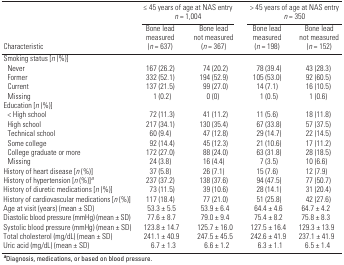
<table><thead><tr><td rowspan="2"><b>Characteristic</b></td><td colspan="2"><b>≤ 45 years of age at NAS entry <i>n </i>= 1,004</b></td><td colspan="2"><b>&gt; 45 years of age at NAS entry <i>n </i>= 350</b></td></tr><tr><td><b>Bone lead measured (<i>n </i>= 637)</b></td><td><b>Bone lead not measured (<i>n </i>= 367)</b></td><td><b>Bone lead measured (<i>n </i>= 198)</b></td><td><b>Bone lead not measured (<i>n </i>= 152)</b></td></tr></thead><tbody><tr><td><b>Smoking status [<i>n</i> (%)]</b></td></tr><tr><td><b>Never</b></td><td>167 (26.2)</td><td>74 (20.2)</td><td>78 (39.4)</td><td>43 (28.3)</td></tr><tr><td><b>Former</b></td><td>332 (52.1)</td><td>194 (52.9)</td><td>105 (53.0)</td><td>92 (60.5)</td></tr><tr><td><b>Current</b></td><td>137 (21.5)</td><td>99 (27.0)</td><td>14 (7.1)</td><td>16 (10.5)</td></tr><tr><td><b>Missing</b></td><td>1 (0.2)</td><td>0 (0)</td><td>1 (0.5)</td><td>1 (0.6)</td></tr><tr><td><b>Education [<i>n</i> (%)]</b></td></tr><tr><td><b>&lt; High school</b></td><td>72 (11.3)</td><td>41 (11.2)</td><td>11 (5.6)</td><td>18 (11.8)</td></tr><tr><td><b>High school</b></td><td>217 (34.1)</td><td>130 (35.4)</td><td>67 (33.8)</td><td>57 (37.5)</td></tr><tr><td><b>Technical school</b></td><td>60 (9.4)</td><td>47 (12.8)</td><td>29 (14.7)</td><td>22 (14.5)</td></tr><tr><td><b>Some college</b></td><td>92 (14.4)</td><td>45 (12.3)</td><td>21 (10.6)</td><td>17 (11.2)</td></tr><tr><td><b>College graduate or more</b></td><td>172 (27.0)</td><td>88 (24.0)</td><td>63 (31.8)</td><td>28 (18.5)</td></tr><tr><td><b>Missing</b></td><td>24 (3.8)</td><td>16 (4.4)</td><td>7 (3.5)</td><td>10 (6.6)</td></tr><tr><td><b>History of heart disease [<i>n</i> (%)]</b></td><td>37 (5.8)</td><td>26 (7.1)</td><td>15 (7.6)</td><td>12 (7.9)</td></tr><tr><td><b>History of hypertension [<i>n</i> (%)]<sup><i>a</i></sup></b></td><td>237 (37.2)</td><td>138 (37.6)</td><td>94 (47.5)</td><td>77 (50.7)</td></tr><tr><td><b>History of diuretic medications [<i>n</i> (%)]</b></td><td>73 (11.5)</td><td>39 (10.6)</td><td>28 (14.1)</td><td>31 (20.4)</td></tr><tr><td><b>History of cardiovascular medications [<i>n</i> (%)]</b></td><td>117 (18.4)</td><td>77 (21.0)</td><td>51 (25.8)</td><td>42 (27.6)</td></tr><tr><td><b>Age at visit (years) (mean ± SD)</b></td><td>53.3 ± 5.5</td><td>53.9 ± 6.4</td><td>64.4 ± 4.6</td><td>64.7 ± 4.2</td></tr><tr><td><b>Diastolic blood pressure (mmHg) (mean ± SD)</b></td><td>77.6 ± 8.7</td><td>79.0 ± 9.4</td><td>75.4 ± 8.2</td><td>75.8 ± 8.3</td></tr><tr><td><b>Systolic blood pressure (mmHg) (mean ± SD)</b></td><td>123.8 ± 14.7</td><td>125.7 ± 16.0</td><td>127.5 ± 16.4</td><td>129.3 ± 13.9</td></tr><tr><td><b>Total cholesterol (mg/dL) (mean ± SD)</b></td><td>241.1 ± 40.9</td><td>247.5 ± 45.5</td><td>242.6 ± 41.9</td><td>237.1 ± 41.9</td></tr><tr><td><b>Uric acid (mg/dL) (mean ± SD)</b></td><td>6.7 ± 1.3</td><td>6.6 ± 1.2</td><td>6.3 ± 1.1</td><td>6.5 ± 1.4</td></tr><tr><td colspan="5"><sup><i><b>a</b></i></sup>Diagnosis, medications, or based on blood pressure. </td></tr></tbody></table>